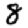
Digit: 8